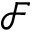
\mathcal { F }